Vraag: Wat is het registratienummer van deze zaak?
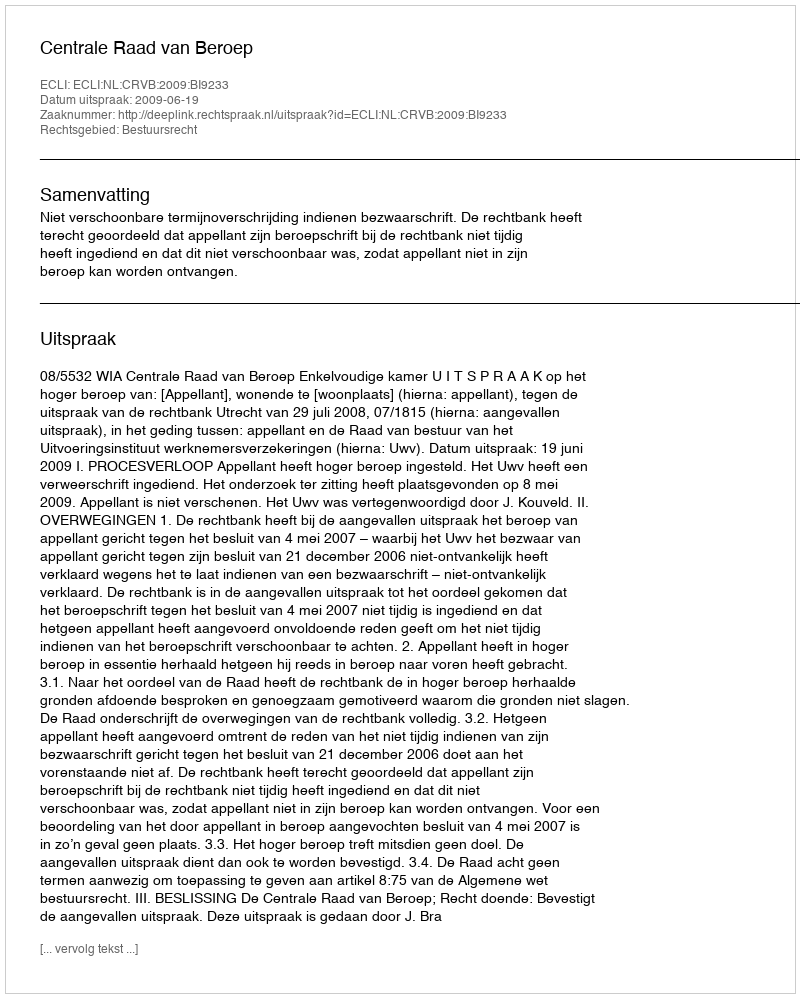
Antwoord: http://deeplink.rechtspraak.nl/uitspraak?id=ECLI:NL:CRVB:2009:BI9233